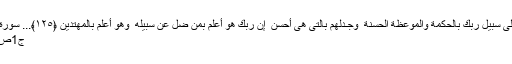
﴿ادعُ إِلىٰ سَبيلِ رَ‌بِّكَ بِالحِكمَةِ وَالمَوعِظَةِ الحَسَنَةِ ۖ وَجـٰدِلهُم بِالَّتى هِىَ أَحسَنُ ۚ إِنَّ رَ‌بَّكَ هُوَ أَعلَمُ بِمَن ضَلَّ عَن سَبيلِهِ ۖ وَهُوَ أَعلَمُ بِالمُهتَدينَ ﴿١٢٥﴾... سورة النحل
ج1ص501